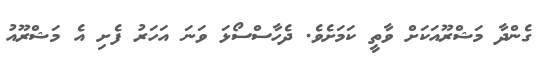
ގެންދާ މަޝްރޫއަކަށް ވާތީ ކަމަށެވެ. ދެހާސްސޯޅަ ވަނަ އަހަރު ފެށި އެ މަޝްރޫއު